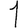
Digit: 1